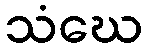
သံဃေ